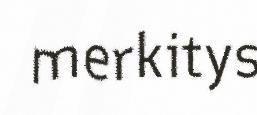
merkitys